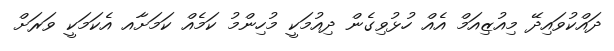
ދައްކުވައިދޭ މިއުޒިއަމް އެއް ހުޅުވިގެން ދިއުމަކީ މުހިންމު ކަމެއް ކަމަށާއ އެކަމަކީ ވަރަށް